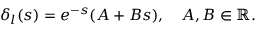
\delta _ { l } ( s ) = e ^ { - s } ( A + B s ) , \quad A , B \in \mathbb { R } .